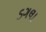
ડગલા